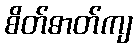
စိတ်ဓာတ်ကျ